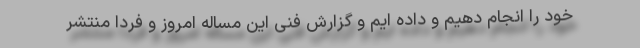
خود را انجام دهیم و داده ایم و گزارش فنی این مساله امروز و فردا منتشر